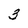
Character: 3